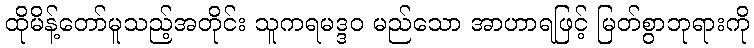
ထိုမိန့်တော်မူသည့်အတိုင်း သူကရမဒ္ဒဝ မည်သော အာဟာရဖြင့် မြတ်စွာဘုရားကို